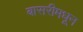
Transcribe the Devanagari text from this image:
बासरीमधून